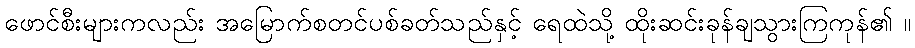
ဖောင်စီးများကလည်း အမြောက်စတင်ပစ်ခတ်သည်နှင့် ရေထဲသို့ ထိုးဆင်းခုန်ချသွားကြကုန်၏ ။